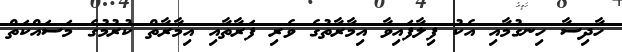
ހާދިސާ ހިނގުމާއި އެކު ފިލާފައިވާ އިމާރާތުގެ ވެރި ފަރާތާއި އިމާރާތް ކުރުމުގެ މަސައްކަތް